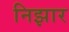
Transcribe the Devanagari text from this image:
निझार